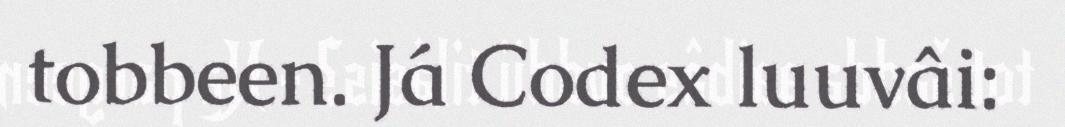
tobbeen. Já Codex luuvâi: